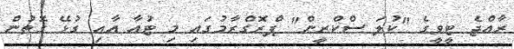
ރާއްޖެ ޓީވީގެ "ކުލަ ސްކްރީން" ޕްރޮގްރާމުގައި މި ޓުއާ އާއި ގުޅޭ ގޮތުން